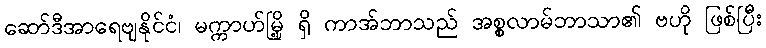
ဆော်ဒီအာရေဗျနိုင်ငံ၊ မက္ကာဟ်မြို့ ရှိ ကာအ်ဘာသည် အစ္စလာမ်ဘာသာ၏ ဗဟို ဖြစ်ပြီး